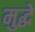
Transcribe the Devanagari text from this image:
मुद्धे